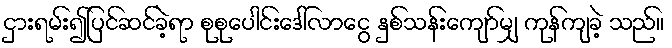
ငှားရမ်း၍ပြင်ဆင်ခဲ့ရာ စုစုပေါင်းဒေါ်လာငွေ နှစ်သန်းကျော်မျှ ကုန်ကျခဲ့ သည်။